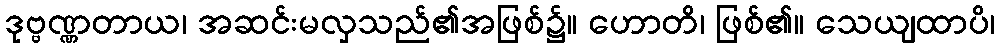
ဒုဗ္ဗဏ္ဏတာယ၊ အဆင်းမလှသည်၏အဖြစ်၌။ ဟောတိ၊ ဖြစ်၏။ သေယျထာပိ၊